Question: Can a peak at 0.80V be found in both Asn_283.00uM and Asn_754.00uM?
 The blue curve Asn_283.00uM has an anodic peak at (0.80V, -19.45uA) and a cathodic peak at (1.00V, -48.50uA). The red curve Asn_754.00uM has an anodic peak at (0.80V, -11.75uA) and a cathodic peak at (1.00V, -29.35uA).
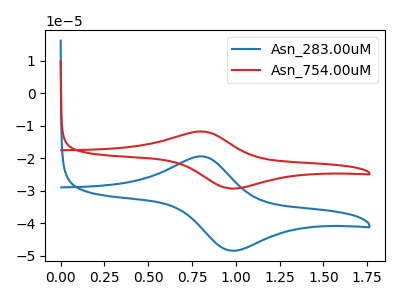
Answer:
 <answer>Yes, "Asn_283.00uM" and "Asn_754.00uM" share a peak at 0.80V.</answer>
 <eval>match</eval>